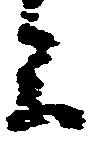
参